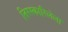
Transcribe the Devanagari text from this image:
तिरस्कारिलेला